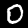
Digit: 0